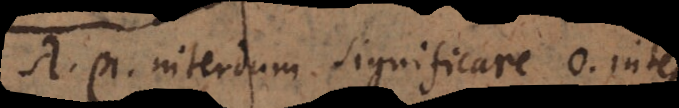
λ, µ interdum significare 0, inte